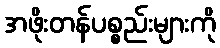
အဖိုးတန်ပစ္စည်းများကို